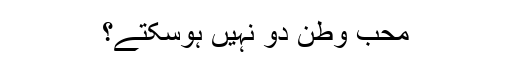
محب وطن دو نہیں ہوسکتے؟